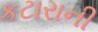
કટારાની